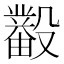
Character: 𰚊